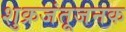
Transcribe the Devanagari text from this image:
शुक्रजंतूजनक